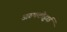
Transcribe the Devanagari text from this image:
अरुपकोट्टाई